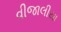
વીજાલીયા